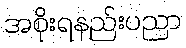
အစိုးရနည်းပညာ